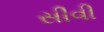
સીવી